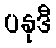
ပနုဒီ